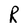
Character: R